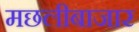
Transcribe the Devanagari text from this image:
मछलीबाजार